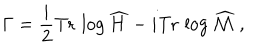
\Gamma = { \frac { i } { 2 } } \mathrm { T r } \, \log \widehat { H } - i \mathrm { T r } \, \log \widehat { \cal M } \ ,